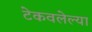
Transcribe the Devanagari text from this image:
टेकवलेल्या